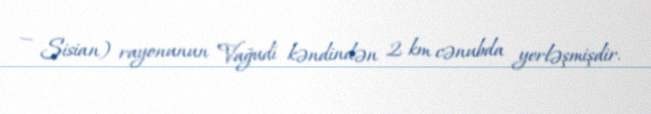
— Sisian) rayonunun Vağudi kəndindən 2 km cənubda yerləşmişdir.